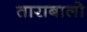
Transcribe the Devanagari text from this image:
ताराबालो